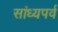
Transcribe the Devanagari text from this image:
सांध्यपर्व